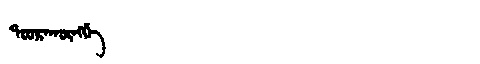
Manchu: ᡨᠣᠣᡵᠠᡴᡡᠩᡤᡝ
Romanization: TOORAKŪNGGE